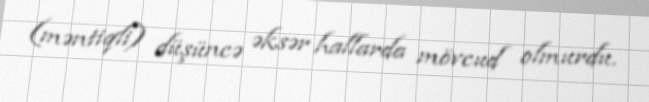
(məntiqli) düşüncə əksər hallarda mövcud olmurdu.